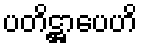
ပတိဋ္ဌာပေဟိ